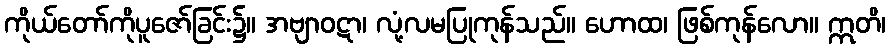
ကိုယ်တော်ကိုပူဇော်ခြင်း၌။ အဗျာဝဋာ၊ လုံ့လမပြုကုန်သည်။ ဟောထ၊ ဖြစ်ကုန်လော။ ဣတိ၊